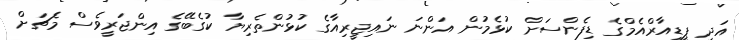
އަދި ޕީޑީއާރްއެމްގެ ޑިފެންސަށް ކުޅެމުން އަންނަ ނައިޖީރިއާގެ ކުޅުންތެރިޔާ ކުގެބޭގެ އިންޖަރީވެސް މެޗަށް